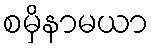
စမှိနာမယာ